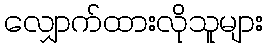
လျှောက်ထားလိုသူများ